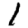
Digit: 1